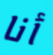
أنا